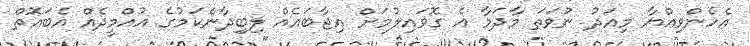
އެހެންވިއްޔާ މިއަދު ނުވަތަ މާދަމާ އެ ގޮވައިލުމަށް އިޖާބައެއް ލިބިދާނެކަމުގެ އުއްމީދެއް އެބައޮތް